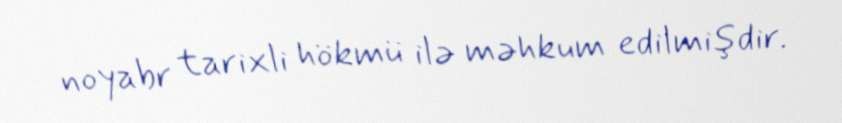
noyabr tarixli hökmü ilə məhkum edilmişdir.